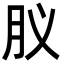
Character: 肞